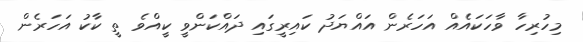
މިހުރިހާ ވާހަކައެއް އަހަރެން އައްޔަދު ކައިރީގައި ދައްކަންވީ ކީއްވެ ތީ ކާކު އަހަރެން